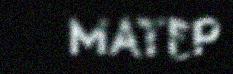
MATEP